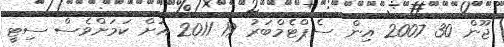
ޖޫން 30 2007 އިން ސެޕްޓެމްބަރު 19 2011 އަށް ކަމަށްވެސް ސިޓީ